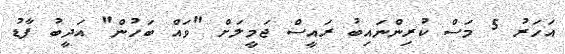
އަހަރު 5 މަސް ކުރިންނައިބު ރައީސް ޖަމީލަށް "ވައް ބަހުން" އަދީބު ފާޑު